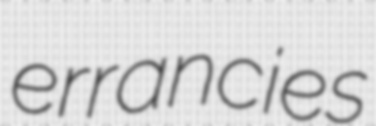
errancies